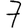
Digit: 7